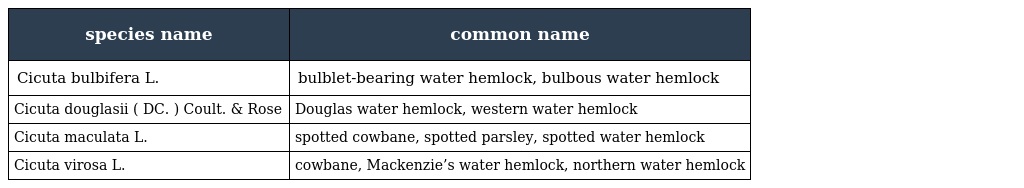
| species name | common name |
 | --- | --- |
 | Cicuta bulbifera L. | bulblet-bearing water hemlock, bulbous water hemlock |
 | Cicuta douglasii ( DC. ) Coult. & Rose | Douglas water hemlock, western water hemlock |
 | Cicuta maculata L. | spotted cowbane, spotted parsley, spotted water hemlock |
 | Cicuta virosa L. | cowbane, Mackenzie’s water hemlock, northern water hemlock |